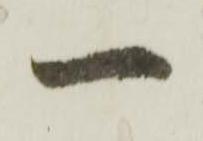
一